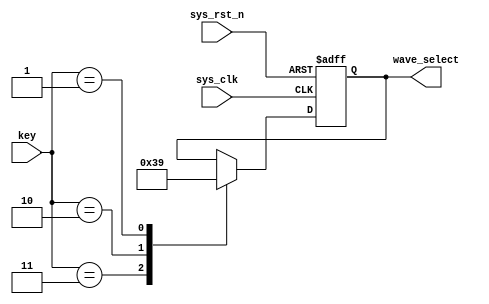
`timescale  1ns/1ns
/////////////////////////////////////////////////////////////////////////
// Module Name   : key_control
// Project Name  : top_dds
// Target Devices: Altera EP4CE10F17C8N
// Tool Versions : Quartus 13.0
// Description   : ,
// 
// Revision      : V1.0
// Additional Comments:
// 
// : _Pro_FPGA
//     : http://www.embedfire.com
//     : http://www.firebbs.cn
//     : https://fire-stm32.taobao.com
////////////////////////////////////////////////////////////////////////

module  key_ctl
(
    input   wire            sys_clk     ,   //,50MHz
    input   wire            sys_rst_n   ,   //,
    input   wire    [1:0]   key         ,   //4
    output  reg     [1:0]   wave_select     //
);
//********************************************************************//
//****************** Parameter and Internal Signal *******************//
//********************************************************************//
//parameter define
parameter   sin_wave    =   2'b11,    //
            squ_wave    =   2'b10,    //
            tri_wave    =   2'b01,    //
            saw_wave    =   2'b00;    //

parameter   CNT_MAX =   20'd999_999;    //

//wire  define

wire            key1    ;   //1
wire            key0    ;   //0

//********************************************************************//
//***************************** Main Code ****************************//
//********************************************************************//
//wave:
always@(posedge sys_clk or negedge sys_rst_n)
    if(sys_rst_n == 1'b0)begin
        wave_select   <=  2'b11;
        end
    else   begin
        case(key)
        2'b11:wave_select   <=  sin_wave;
        2'b10:wave_select   <=  squ_wave;
        2'b01:wave_select   <=  tri_wave;
        2'b10:wave_select   <=  saw_wave;
        default:wave_select   <=  wave_select;
        endcase
 end

//********************************************************************//
//*************************** Instantiation **************************//
//********************************************************************//
//------------- key_fifter_inst3 --------------


//------------- key_fifter_inst1 --------------

endmodule